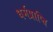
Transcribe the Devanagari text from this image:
धर्मप्राप्ति